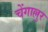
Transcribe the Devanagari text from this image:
चेंगाल्लुर